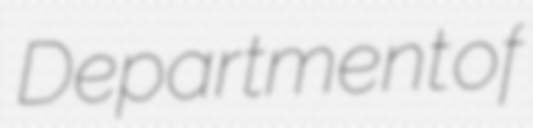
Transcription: Department of